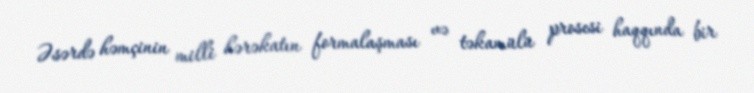
Əsərdə həmçinin milli hərəkatın formalaşması və təkamülü prosesi haqqında bir